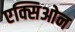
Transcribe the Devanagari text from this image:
एक्सिओन